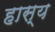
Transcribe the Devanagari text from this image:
हास्‍य